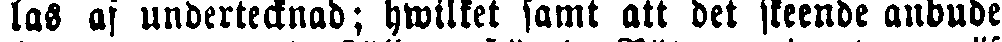
las af undertecknad; hwilket samt att det skeende anbude